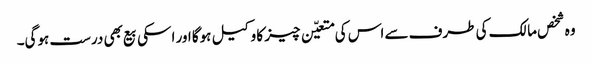
وہ شخص مالک کی طرف سے اس کی متعیّن چیز کا وکیل ہوگا اور اسکی بیع بھی درست ہوگی۔